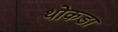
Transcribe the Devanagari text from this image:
थोकडा